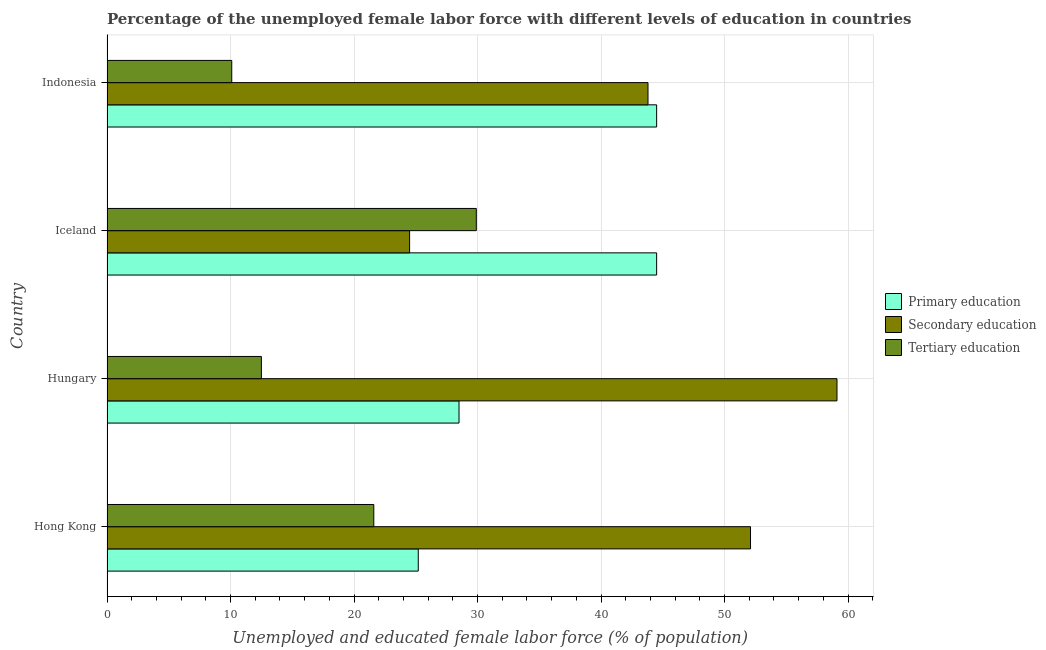
| Country | Primary education | Secondary education | Tertiary education |
 | --- | --- | --- | --- |
 | Hong Kong | 25.2 | 52.1 | 21.6 |
 | Hungary | 28.5 | 59.1 | 12.5 |
 | Iceland | 44.5 | 24.5 | 29.9 |
 | Indonesia | 44.5 | 43.8 | 10.1 |